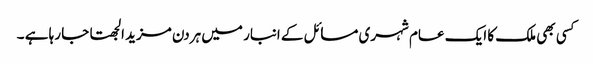
کسی بھی ملک کا ایک عام شہری مسائل کے انبار میں ہردن مزید الجھتا جا رہا ہے ۔